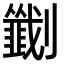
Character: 𫦟